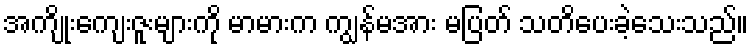
အကျိုးကျေးဇူးများကို မာမားက ကျွန်မအား မပြတ် သတိပေးခဲ့သေးသည်။